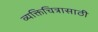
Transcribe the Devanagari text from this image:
व्यक्तिचित्रासाठी